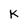
Character: K